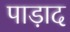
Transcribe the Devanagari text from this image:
पाड़ाद